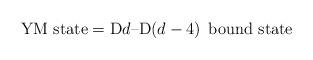
LaTeX: \begin{align*}\mbox{YM state} = {\rm D}d\mbox{--D}(d-4) \;\,\mbox{bound state}\end{align*}